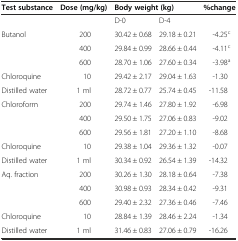
<table><thead><tr><td><b>Test substance</b></td><td><b>Dose (mg/kg)</b></td><td colspan="2"><b>Body weight (kg)</b></td><td><b>%change</b></td></tr></thead><tbody><tr><td>[EMPTY_CELL]</td><td>[EMPTY_CELL]</td><td>D-0</td><td>D-4</td><td>[EMPTY_CELL]</td></tr><tr><td>Butanol</td><td>200</td><td>30.42 ± 0.68</td><td>29.18 ± 0.21</td><td>-4.25<sup>c</sup></td></tr><tr><td>[EMPTY_CELL]</td><td>400</td><td>29.84 ± 0.99</td><td>28.66 ± 0.44</td><td>-4.11<sup>c</sup></td></tr><tr><td>[EMPTY_CELL]</td><td>600</td><td>28.70 ± 1.06</td><td>27.60 ± 0.34</td><td>-3.98<sup>a</sup></td></tr><tr><td>Chloroquine</td><td>10</td><td>29.42 ± 2.17</td><td>29.04 ± 1.63</td><td>-1.30</td></tr><tr><td>Distilled water</td><td>1 ml</td><td>28.72 ± 0.77</td><td>25.74 ± 0.45</td><td>-11.58</td></tr><tr><td>Chloroform</td><td>200</td><td>29.74 ± 1.46</td><td>27.80 ± 1.92</td><td>-6.98</td></tr><tr><td>[EMPTY_CELL]</td><td>400</td><td>29.50 ± 1.75</td><td>27.06 ± 0.83</td><td>-9.02</td></tr><tr><td>[EMPTY_CELL]</td><td>600</td><td>29.56 ± 1.81</td><td>27.20 ± 1.10</td><td>-8.68</td></tr><tr><td>Chloroquine</td><td>10</td><td>29.38 ± 1.04</td><td>29.36 ± 1.32</td><td>-0.07</td></tr><tr><td>Distilled water</td><td>1 ml</td><td>30.34 ± 0.92</td><td>26.54 ± 1.39</td><td>-14.32</td></tr><tr><td>Aq. fraction</td><td>200</td><td>30.26 ± 1.30</td><td>28.18 ± 0.64</td><td>-7.38</td></tr><tr><td>[EMPTY_CELL]</td><td>400</td><td>30.98 ± 0.93</td><td>28.34 ± 0.42</td><td>-9.31</td></tr><tr><td>[EMPTY_CELL]</td><td>600</td><td>29.40 ± 2.32</td><td>27.36 ± 0.46</td><td>-7.46</td></tr><tr><td>Chloroquine</td><td>10</td><td>28.84 ± 1.39</td><td>28.46 ± 2.24</td><td>-1.34</td></tr><tr><td>Distilled water</td><td>1 ml</td><td>31.46 ± 0.83</td><td>27.06 ± 0.79</td><td>-16.26</td></tr></tbody></table>